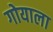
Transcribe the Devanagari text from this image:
गोयाला